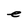
Character: e